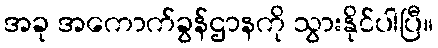
အခု အကောက်ခွန်ဌာနကို သွားနိုင်ပါပြီ။